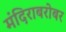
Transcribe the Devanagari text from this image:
मंदिराबरोबर